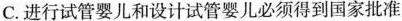
C.进行试管婴儿和设计试管婴儿必须得到国家批准